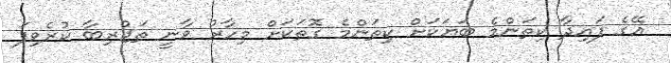
އޭގެ ފައިދާ ކިތަންމެ ބަޔަކަށް ކިތަންމެ ގޮތަކަށް މިހާރު ވާނީ ތަޖުރިބާ ކުރެވިފަ